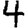
Digit: 4